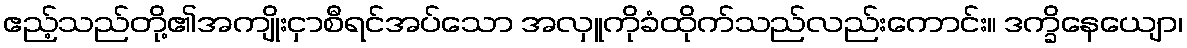
ဧည့်သည်တို့၏အကျိုးငှာစီရင်အပ်သော အလှူကိုခံထိုက်သည်လည်းကောင်း။ ဒက္ခိနေယျော၊